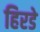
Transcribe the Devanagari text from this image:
हिरडे